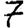
Digit: 7